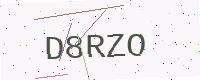
Text: D8RZO